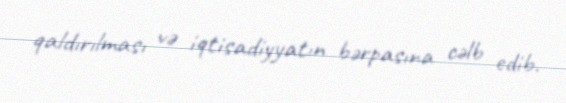
qaldırılması və iqtisadiyyatın bərpasına cəlb edib.